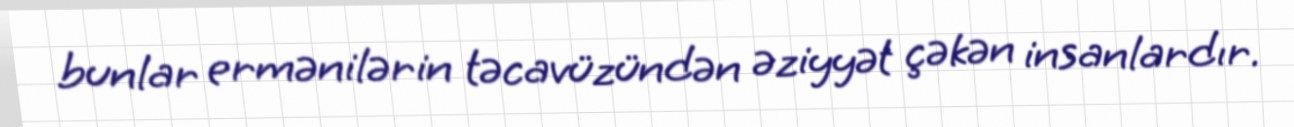
bunlar ermənilərin təcavüzündən əziyyət çəkən insanlardır.